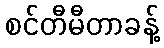
စင်တီမီတာခန့်